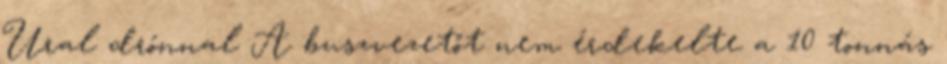
Ural drónnal A buszvezetőt nem érdekelte a 10 tonnás